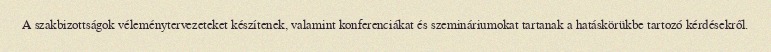
A szakbizottságok véleménytervezeteket készítenek, valamint konferenciákat és szemináriumokat tartanak a hatáskörükbe tartozó kérdésekről.